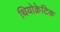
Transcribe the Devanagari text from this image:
थियोक्रेटिक